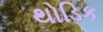
થોડિક